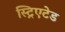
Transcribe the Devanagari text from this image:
स्ट्रिएटेड